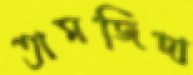
তামজিদা